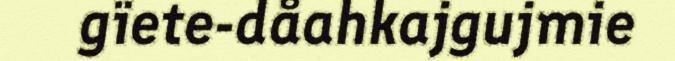
gïete-dåahkajgujmie